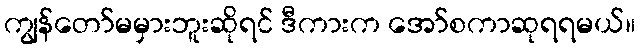
ကျွန်တော်မမှားဘူးဆိုရင် ဒီကားက အော်စကာဆုရရမယ်။